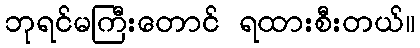
ဘုရင်မကြီးတောင် ရထားစီးတယ်။